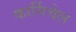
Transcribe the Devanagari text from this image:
कार्मिचेल